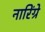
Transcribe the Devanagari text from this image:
नारिंग्रे